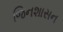
જિનશાસન